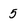
Character: 5